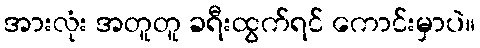
အားလုံး အတူတူ ခရီးထွက်ရင် ကောင်းမှာပဲ။